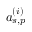
a _ { s , p } ^ { ( i ) }